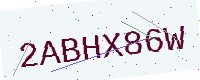
Text: 2ABHX86W